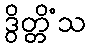
ဒွိတ္တိံသ